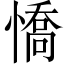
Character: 憍